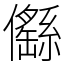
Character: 㒡